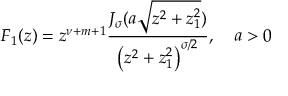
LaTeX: F _ { 1 } ( z ) = z ^ { \nu + m + 1 } \frac { J _ { \sigma } ( a \sqrt { z ^ { 2 } + z _ { 1 } ^ { 2 } } ) } { \left( z ^ { 2 } + z _ { 1 } ^ { 2 } \right) ^ { \sigma / 2 } } , \quad a > 0